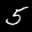
Label: 5